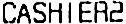
CASHIER2